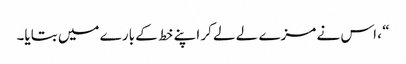
“ ، اس نے مزے لے لے کر اپنے خط کے بارے میں بتایا۔